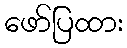
ဖော်ပြထား